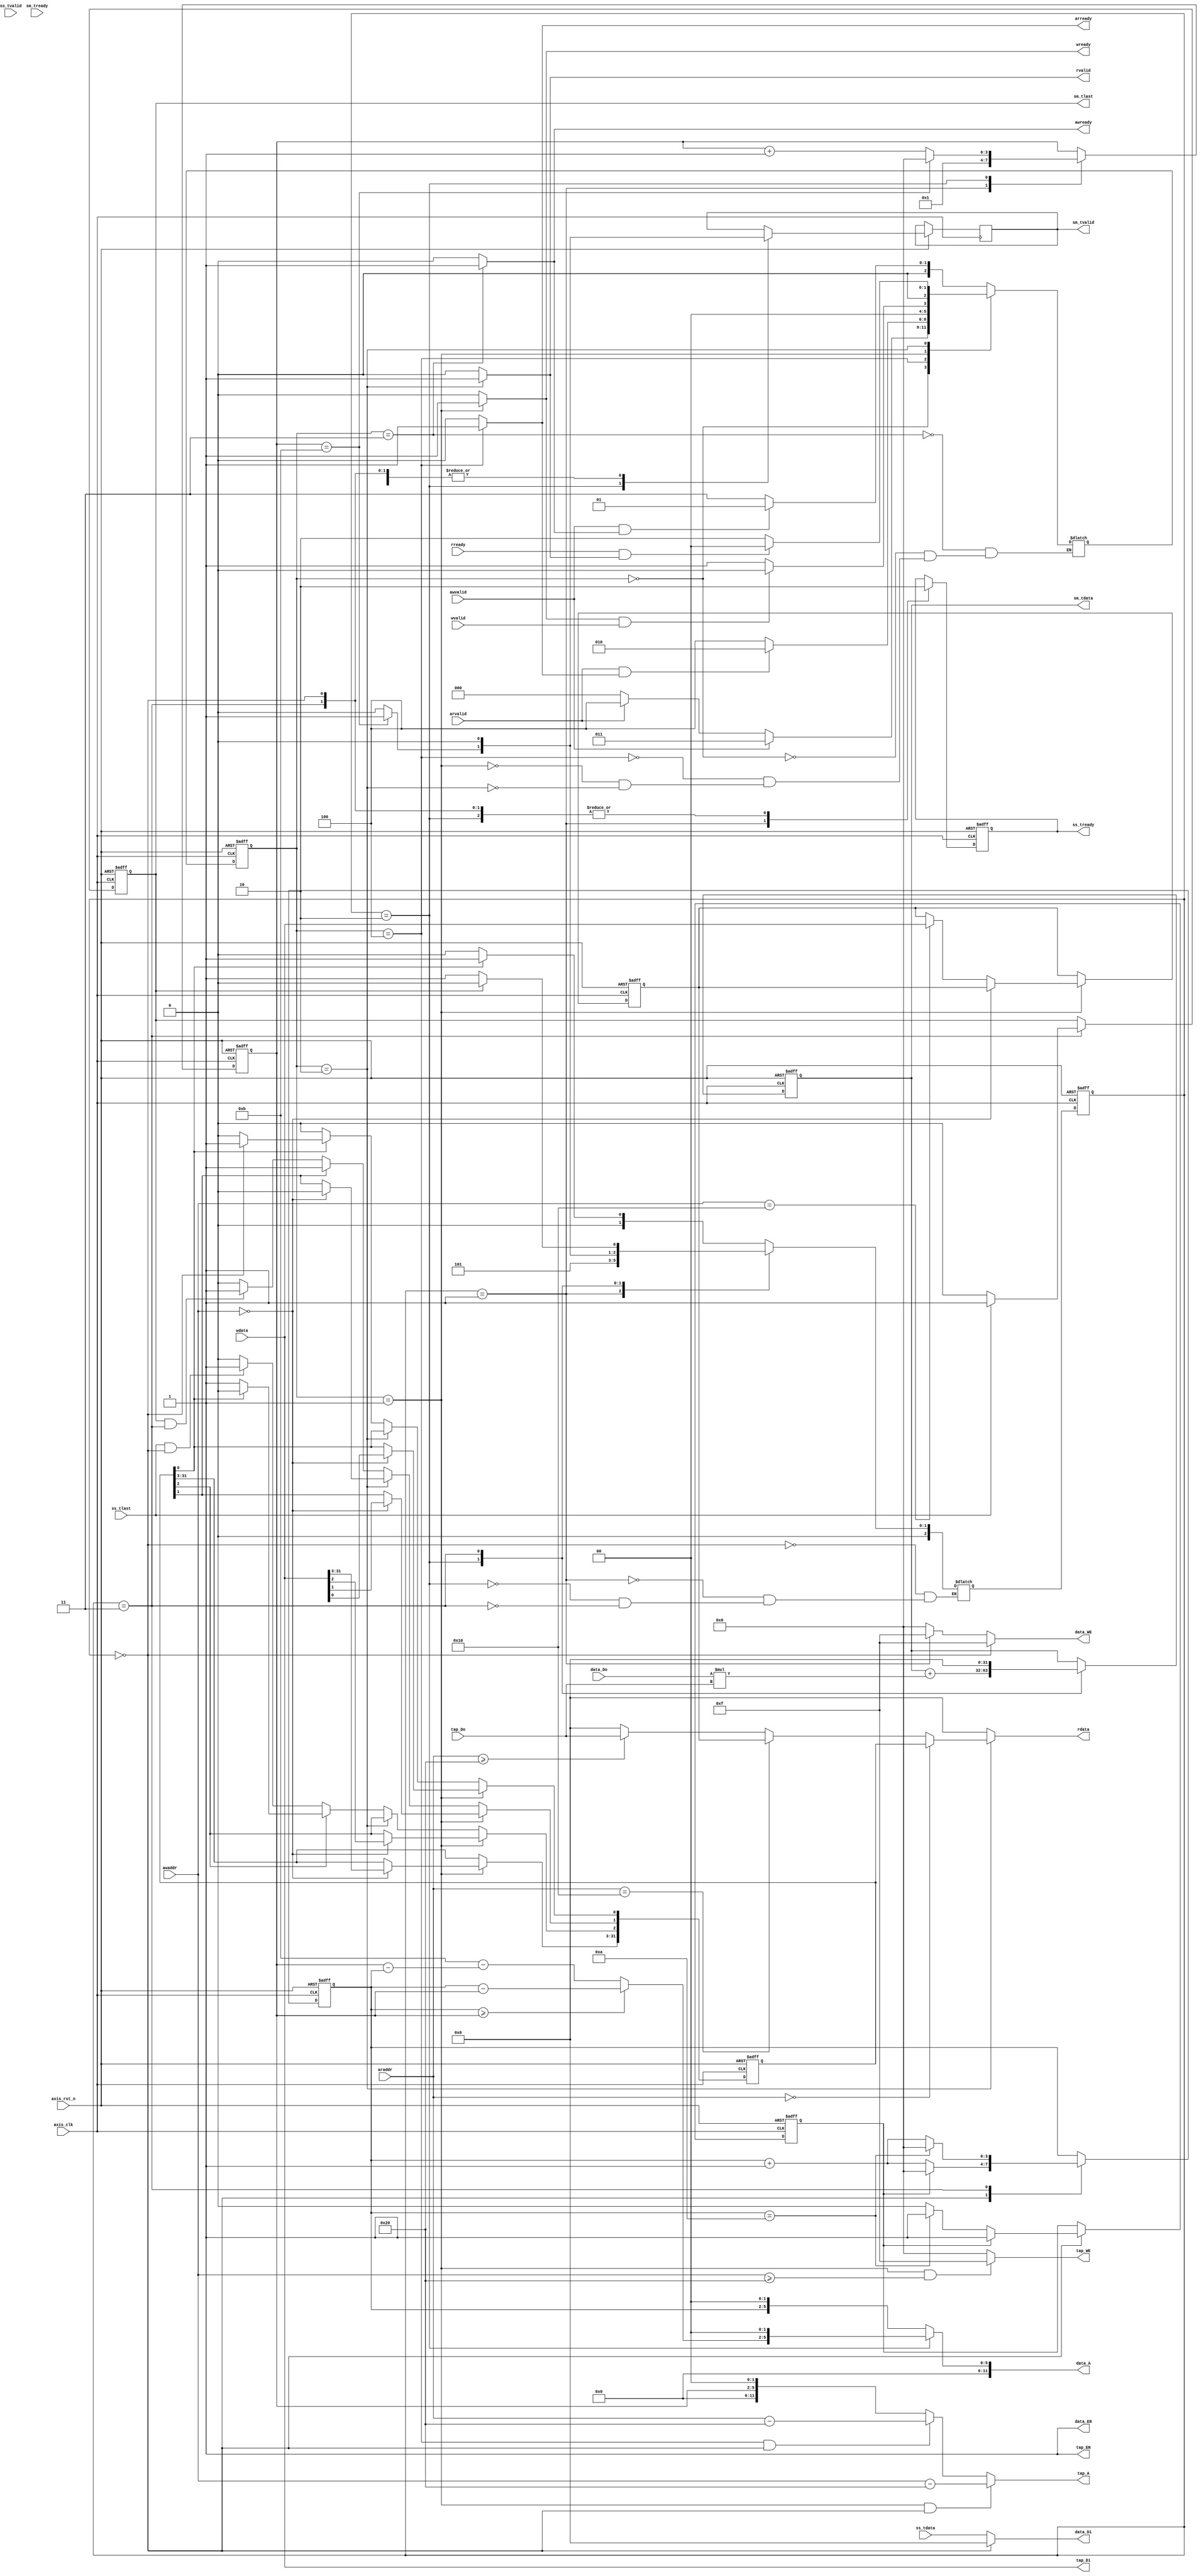
`timescale 1ns / 1ps
module fir 
#(  parameter pADDR_WIDTH = 12,
    parameter pDATA_WIDTH = 32,
    parameter Tape_Num    = 11
)
(
    output  wire                     awready,
    output  wire                     wready,
    input   wire                     awvalid,
    input   wire [(pADDR_WIDTH-1):0] awaddr,
    input   wire                     wvalid,
    input   wire [(pDATA_WIDTH-1):0] wdata,
    
    output  wire                     arready,
    input   wire                     rready,
    input   wire                     arvalid,
    input   wire [(pADDR_WIDTH-1):0] araddr,
    output  wire                     rvalid,
    output  wire [(pDATA_WIDTH-1):0] rdata,  
      
    input   wire                     ss_tvalid, 
    input   wire [(pDATA_WIDTH-1):0] ss_tdata, 
    input   wire                     ss_tlast, 
    output  wire                     ss_tready,
     
    input   wire                     sm_tready, 
    output  wire                     sm_tvalid, 
    output  wire [(pDATA_WIDTH-1):0] sm_tdata, 
    output  wire                     sm_tlast, 
    
    // bram for tap RAM
    output  wire [3:0]               tap_WE,
    output  wire                     tap_EN,
    output  wire [(pDATA_WIDTH-1):0] tap_Di,
    output  wire [(pADDR_WIDTH-1):0] tap_A,
    input   wire [(pDATA_WIDTH-1):0] tap_Do,

    // bram for data RAM
    output  wire [3:0]               data_WE,
    output  wire                     data_EN,
    output  wire [(pDATA_WIDTH-1):0] data_Di,
    output  wire [(pADDR_WIDTH-1):0] data_A,
    input   wire [(pDATA_WIDTH-1):0] data_Do,

    input   wire                     axis_clk,
    input   wire                     axis_rst_n
);
    reg ap_start, ap_done, ap_idle;
    
    parameter axilite_idle = 3'd0;
    parameter axilite_wdata = 3'd1;
    parameter axilite_rdata = 3'd2;
    parameter axilite_waddr = 3'd3;
    parameter axilite_raddr = 3'd4;
    reg [2:0] axilite_state, next_axilite_state;
    
    parameter axis_idle = 3'd0;
    parameter axis_input = 3'd1;
    parameter axis_calc = 3'd2;
    parameter axis_output = 3'd3;
    reg [2:0] axis_state, next_axis_state;
    
    reg [3:0]               tap_WE_reg, data_WE_reg;
    reg [(pDATA_WIDTH-1):0] tap_Di_reg;
    reg [(pADDR_WIDTH-1):0] tap_A_reg;
    
    reg [31:0] ap_config_reg, data_length_reg;
    reg awready_reg, wready_reg;
    reg rready_reg, rdata_reg;
    reg data_reset_done;
    reg data_Di_reg, data_A_reg;
    reg arready_reg;
    reg rvalid_reg; 
    reg ss_tready_reg;
    reg sm_tvalid_reg, sm_tlast_reg, sm_tready_reg;
    reg [31:0] sm_tdata_reg;
    reg [3:0] fir_counter, first_input;
    wire [3:0] data_input; 
  
    //axilite state
    always@* begin
        case(axilite_state)

            axilite_waddr : begin
                if(awvalid && awready)
                    next_axilite_state = axilite_wdata;
                else
                    next_axilite_state = axilite_waddr;
                end

            axilite_idle : begin
                if(awvalid)
                   next_axilite_state = axilite_waddr; 
                else if(arvalid)
                   next_axilite_state = axilite_raddr; 
                else
                   next_axilite_state = axilite_idle;
                end
            
             axilite_raddr : begin
                if(arvalid && arready)
                    next_axilite_state = axilite_rdata;
                else
                    next_axilite_state = axilite_raddr;
                end
            
             axilite_wdata : begin
                if(wready && wvalid)
                    next_axilite_state = axilite_idle; //wready && wvalid => wdata
                else
                    next_axilite_state = axilite_wdata;
                end
          
             axilite_rdata : begin
                if(rready && rvalid)
                    next_axilite_state = axilite_idle;//rready && rvalid => rdata
                else
                    next_axilite_state = axilite_rdata;
                end
         endcase
    end
    
    always@(posedge axis_clk or negedge axis_rst_n)
      if(~axis_rst_n)begin
          axilite_state <= axilite_idle;
      end
      else begin
          axilite_state <= next_axilite_state;
      end
      
    //ap config
    always @(posedge axis_clk or negedge axis_rst_n) begin
	    if (~axis_rst_n) begin
	        ap_config_reg <= 32'h04;  
                data_length_reg <= 0;
	    end else begin
		if (axilite_state == axilite_wdata) begin
                   if (awaddr == 32'h00)begin
                       ap_config_reg <= wdata;
               end
               else if(awaddr == 32'h10)begin
                    data_length_reg <= wdata;
               end
            end
            else if (axilite_state == axilite_rdata) begin 
                     if(awaddr == 32'h00)
                         ap_config_reg[1] <= 1'b0;
                     else
                         ap_config_reg[1] <= ap_config_reg[1];
            end
            else begin
            //ap_start 
                if(ap_config_reg[0] == 0)
                    ap_config_reg[0] <= 1'b0;
                else if(axis_state == axis_idle)
                    ap_config_reg[0] <= 1'b1;
                else
                    ap_config_reg[0] <= 1'b0;
            // ap_done   
                if(ap_config_reg[1] == 1)
                    ap_config_reg[1] <= 1'b1;
                else if(sm_tlast==1 && axis_state == axis_output)
                    ap_config_reg[1] <= 1'b1;
                else
                    ap_config_reg[1] <= 1'b0;
            // ap_idle 
                if(ap_config_reg[2]==1)
                    if(ap_config_reg[0]==1) 
                        ap_config_reg[2] <= 1'b0;
                    else
                        ap_config_reg[2] <= 1'b1;
                else if(ss_tlast==1 && axis_state == axis_idle)
                        ap_config_reg[2] <= 1'b1;
                    else
                        ap_config_reg[2] <= 1'b0;
            end
	end
    end
    
    //awready,wready,arready,rvalid
    assign wready = wready_reg;
    always@* begin
        if(axilite_state == axilite_wdata)
            wready_reg = 1'b1;
        else
            wready_reg = 1'b0;
    end    

    assign awready = awready_reg;
    always@* begin
        if(axilite_state == axilite_waddr)
            awready_reg = 1'b1;
        else
            awready_reg = 1'b0;
    end
       
    assign rvalid = rvalid_reg;
    always@* begin
        if(axilite_state == axilite_rdata)
            rvalid_reg = 1'b1;
        else
            rvalid_reg = 1'b0;
    end

    assign arready = arready_reg;
    always@* begin
        if(axilite_state == axilite_raddr)
            arready_reg = 1'b1;
        else
            arready_reg = 1'b0;
    end
        
    
    assign rdata  = (axilite_state == axilite_rdata) ? (araddr == 32'h00)? ap_config_reg: (araddr == 32'h10)? data_length_reg : (araddr >= 32'h20)? tap_Do:0 : 0;
 
    
    always@* begin
        case(axis_state)
            axis_idle : begin
                if(ap_config_reg[0]) 
                    next_axis_state = axis_input;
                else
                    next_axis_state = axis_idle;
            end    
            axis_input : begin
                next_axis_state = axis_calc;
            end
            axis_calc : begin
                if(fir_counter == 11)
                    next_axis_state = axis_output;
                else
                    next_axis_state = axis_calc;
            end         
            axis_output : begin
                if(sm_tlast)
                    next_axis_state = axis_idle;
                else
                    next_axis_state = axis_input;
            end
        endcase
    end
    always@(posedge axis_clk or negedge axis_rst_n)begin
      if(~axis_rst_n)begin
          axis_state <= axis_idle;
      end
      else begin
          axis_state <= next_axis_state;
      end
    end
    
    assign tap_EN = 1'b1;
    assign data_EN = 1'b1;
    
    assign tap_WE = tap_WE_reg;
    always@* begin
        if(axilite_state == axilite_wdata && awaddr >= 32'h20)
            tap_WE_reg = 4'b1111;
        else
            tap_WE_reg = 4'b0000;
    end
    
    assign data_WE = data_WE_reg;
    always@* begin
        if(axis_state == axis_idle)
            data_WE_reg = 4'b1111;
        else if(axis_state == axis_input)
            data_WE_reg = 4'b1111;
        else
            data_WE_reg = 4'b0000;
    end
     
    assign data_Di = (axis_state == axis_idle)? 0 : ss_tdata;  
    assign tap_Di = wdata;
   
    assign tap_A = tap_A_reg;
    always@* begin
        if(axilite_state == axilite_wdata && axis_state == axis_idle)
            tap_A_reg = awaddr - 32'h20;
        else if(axilite_state == axilite_raddr && axis_state == axis_idle)
            tap_A_reg = araddr - 32'h20;
        else
            tap_A_reg = fir_counter<<2;
    end
    
    assign data_A = (axis_state == axis_calc)? (data_input<<2) : (first_input<<2);
    
    assign ss_tready = ss_tready_reg;
    assign sm_tvalid = sm_tvalid_reg;
    assign sm_tlast = sm_tlast_reg;
    assign sm_tdata = sm_tdata_reg;
    assign data_input = (first_input >= fir_counter)? (first_input - fir_counter) : 11-(fir_counter - first_input); 
    always@(posedge axis_clk or negedge axis_rst_n)
        if(~axis_rst_n)begin
            data_reset_done <= 1'b0;
            ss_tready_reg <= 1'b0;
            first_input <= 1'b0;
            fir_counter <= 1'b0;
            sm_tready_reg <= 1'b0;
            sm_tdata_reg <= 1'b0;
            sm_tlast_reg <= 1'b0;
        end
        else begin
            case(axis_state)
                axis_idle : begin
                    ss_tready_reg <= 1'b0;
                    sm_tvalid_reg <= 1'b0;
                    first_input <= data_reset_done?0 : first_input + 1;
                    data_reset_done <= (data_reset_done == 1)? 1:(first_input == 10)?1:0;               
               end
               axis_input : begin 
                   ss_tready_reg <= 1'b1; 
                   sm_tvalid_reg <= 1'b0;
                   fir_counter <= 1;
               end
               
               axis_calc: begin 
                   ss_tready_reg <= 1'b0;
                   sm_tdata_reg <= sm_tdata_reg + data_Do*tap_Do; 
                   sm_tvalid_reg <= (fir_counter==11)? 1:0;
                   if(fir_counter == 11) 
                       fir_counter <= 1'b0;
                   else 
                       fir_counter <= fir_counter + 1;
               end
               axis_output : begin 
                       ss_tready_reg <= 1'b0;  
                       sm_tvalid_reg <= 1'b0;
                       sm_tdata_reg <= 1'b0;
                       first_input <= (first_input == 10)? 0:first_input + 1;
                       sm_tlast_reg <= (ss_tlast == 1)? 1:0;
                   end
               endcase
           end
           
       
   
endmodule